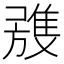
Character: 𲉭